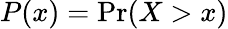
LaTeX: P(x)=\mathrm{Pr}(X>x)